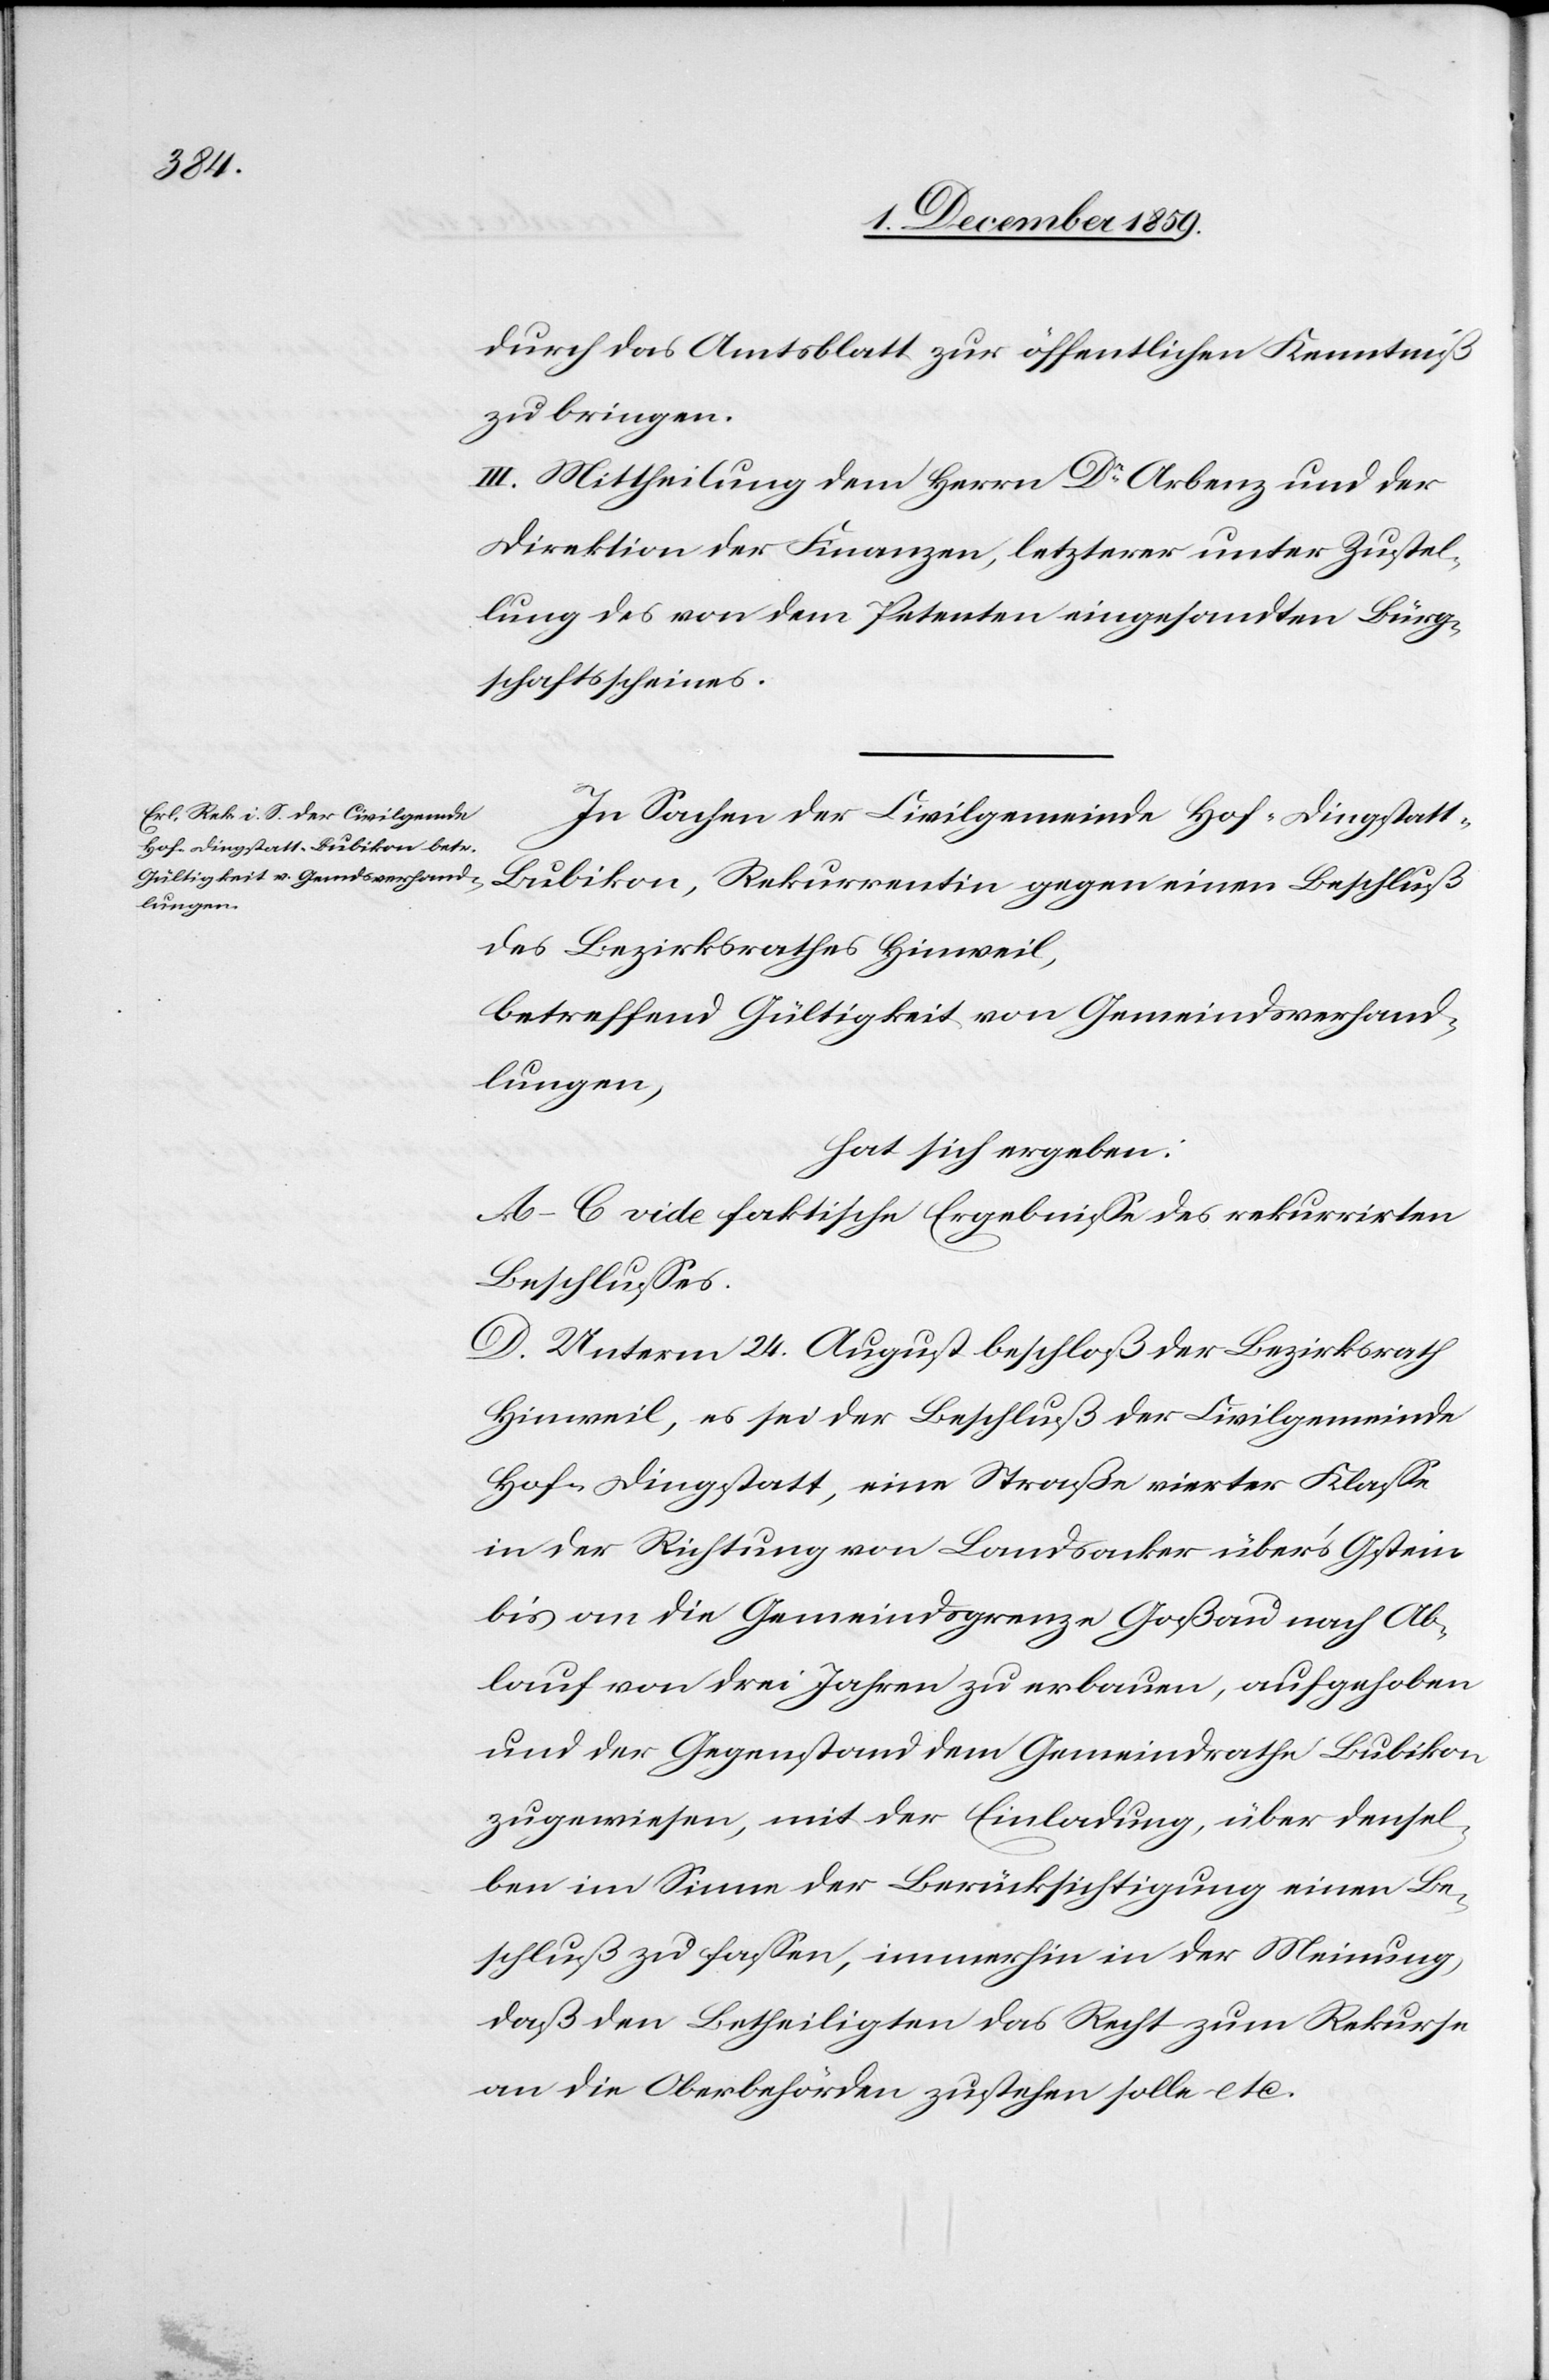
ubikon,
durch das Amtsblatt zur öffentlichen Kenntniß
zu bringen.
III. Mittheilung dem Herrn Dr Arbenz und der
Direktion der Finanzen, letzterer unter Zustel¬
lung des von dem Petenten eingesandten Bürg¬
schaftsscheines.
In Sachen der Civilgemeinde Hof-Dingstatt-B¬
des Bezirksrathes Hinweil,
betreffend Gültigkeit von Gemeindsverhand¬
lungen,
hat sich ergeben:
A–C vide faktische Ergebnisse des rekurrirten
Beschlusses.
D. Unterm 24. August beschloß der Bezirksrath
Hinweil, es sei der Beschluß der Civilgemeinde
Hof-Dingstatt, eine Straße vierter Klasse
in der Richtung von Landsacker über’s Gstein
bis an die Gemeindsgrenze Goßau nach Ab¬
lauf von drei Jahren zu erbauen, aufgehoben
und der Gegenstand dem Gemeindrath Bubikon
zugewiesen, mit der Einladung, über densel¬
ben im Sinne der Berücksichtigung einen Be¬
schluß zu fassen, immerhin in der Meinung,
daß den Betheiligten das Recht zum Rekurse
an die Oberbehörden zustehen solle etc.